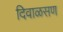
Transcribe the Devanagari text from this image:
दिवाळसण